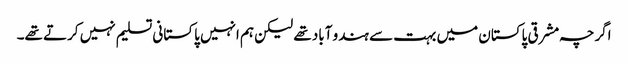
اگرچہ مشرقی پاکستان میں بہت سے ہندو آباد تھے لیکن ہم انہیں پاکستانی تسلیم نہیں کرتے تھے۔